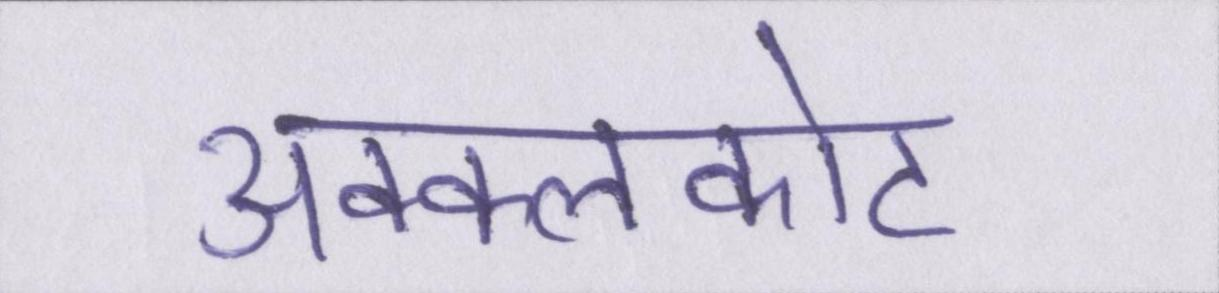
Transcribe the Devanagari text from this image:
अक्कलकोट